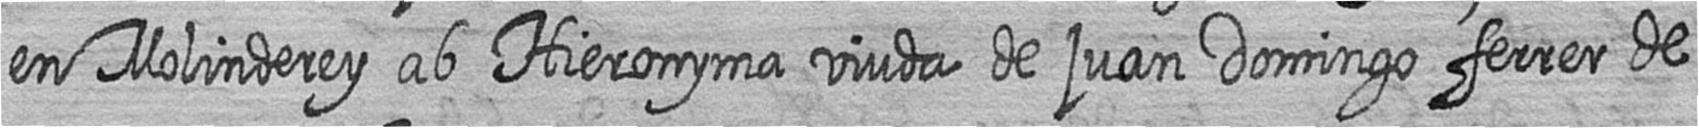
en Molinderey ab Hieronyma viuda de juan Domingo ferrer de